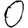
Digit: 0